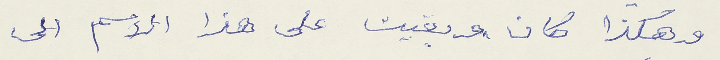
وهكذا كان وبقيت على هذا الاسم الى